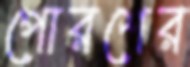
পোরশের